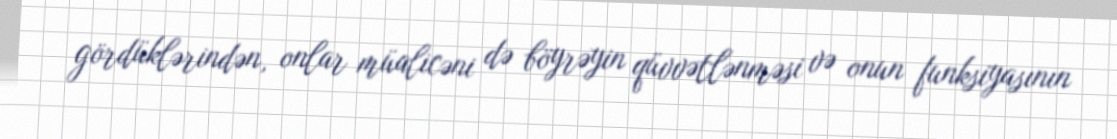
gördüklərindən, onlar müalicəni də böyrəyin qüvvətlənməsi və onun funksiyasının